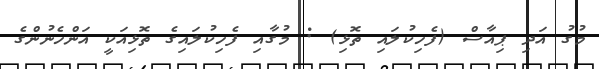
މުގު އަދި ޕިއާސް (ފެހިކުލައި ތޮޅި) : މުގާއި ފެހިކުލައިގެ ތޮޅިއަކީ އަންހެނުންގެ